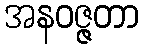
အနဝဇ္ဇတာ